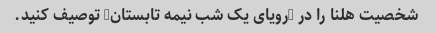
شخصیت هلنا را در "رویای یک شب نیمه تابستان" توصیف کنید.